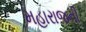
મહારાજની